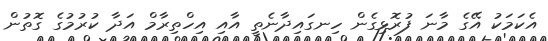
އެކަމަކު އޭގެ މާނަ ފުރޮޅިގެން ހިނގައިދާނެތީ އާއި އިހްތިރާމް އަދާ ކުރުމުގެ ގޮތުން